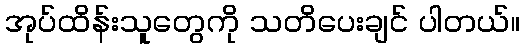
အုပ်ထိန်းသူတွေကို သတိပေးချင် ပါတယ်။